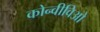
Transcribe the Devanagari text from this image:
कोन्वीविओ